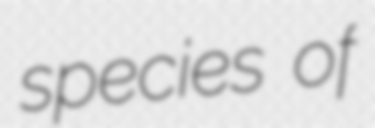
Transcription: species of